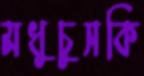
মধুচুসকি